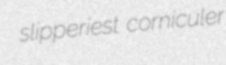
slipperiest corniculer